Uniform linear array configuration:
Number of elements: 4
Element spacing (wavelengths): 0.25
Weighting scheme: blackman
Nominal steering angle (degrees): -60
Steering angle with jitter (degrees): -58.309
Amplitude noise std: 0.05
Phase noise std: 0.05

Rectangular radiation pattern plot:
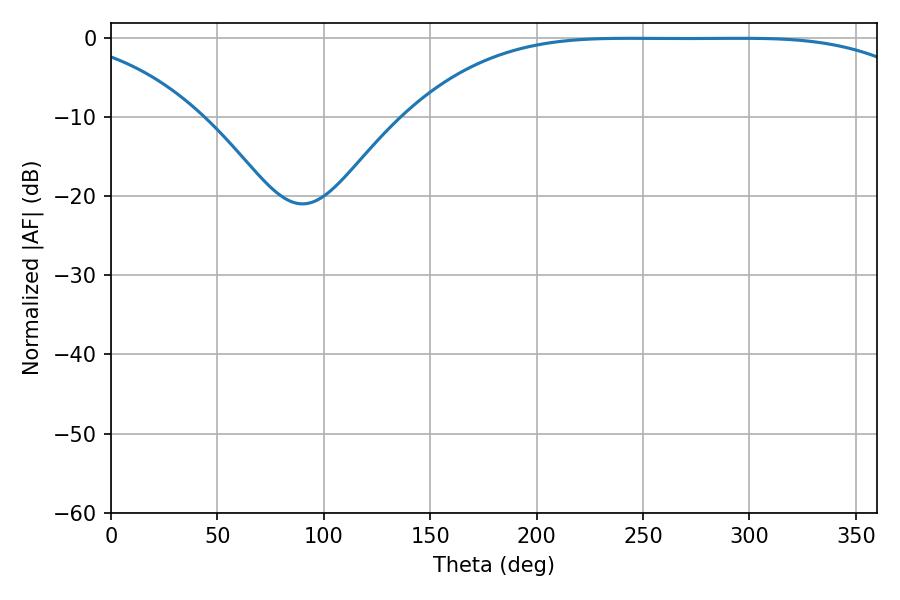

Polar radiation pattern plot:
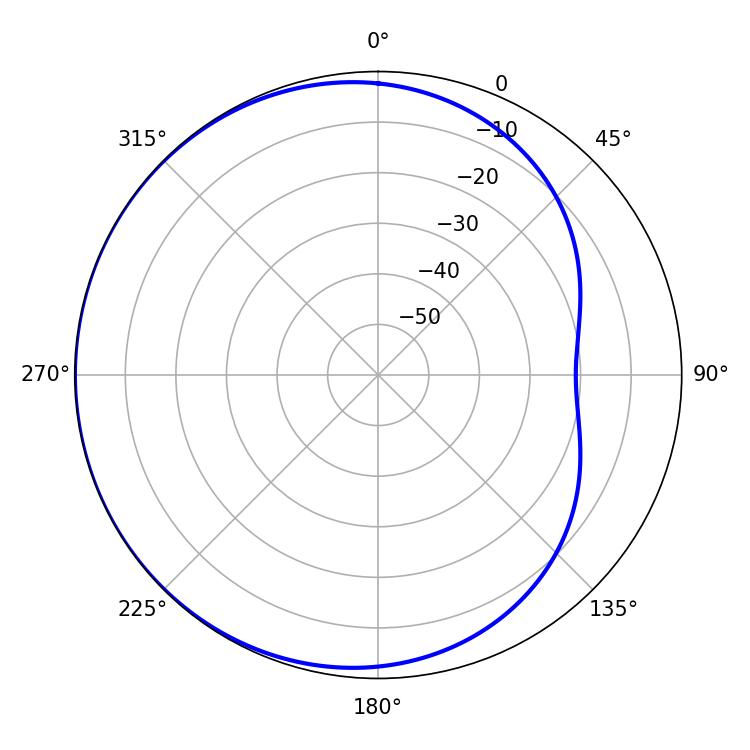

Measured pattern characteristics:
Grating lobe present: FALSE
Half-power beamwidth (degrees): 185.94
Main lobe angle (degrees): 243.72